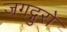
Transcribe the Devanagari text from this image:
जगद्गुरो